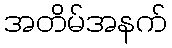
အတိမ်အနက်